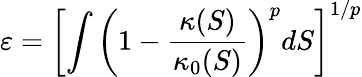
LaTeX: \varepsilon=\left[\int\left(1-\frac{\kappa(S)}{\kappa_{0}(S)}\right)^{p}dS\right]^{1/p}